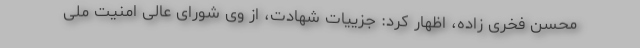
محسن فخری زاده، اظهار کرد: جزییات شهادت، از وی شورای عالی امنیت ملی